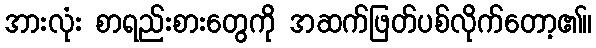
အားလုံး စာရည်းစားတွေကို အဆက်ဖြတ်ပစ်လိုက်တော့၏။